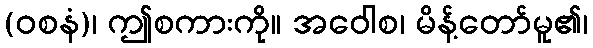
(ဝစနံ)၊ ဤစကားကို။ အဝေါစ၊ မိန့်တော်မူ၏၊